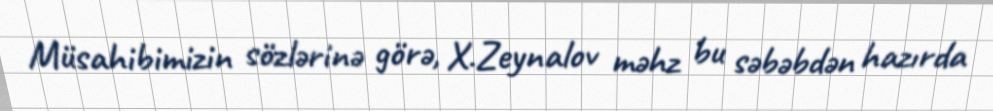
Müsahibimizin sözlərinə görə, X.Zeynalov məhz bu səbəbdən hazırda